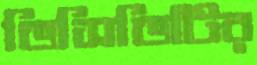
ভিসিডিটির